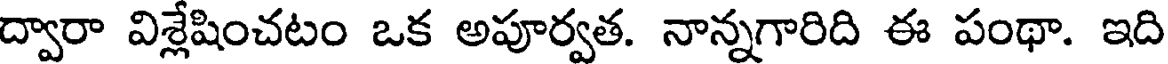
ద్వారా విశ్లేషించటం ఒక అపూర్వత. నాన్నగారిది ఈ పంథా. ఇది